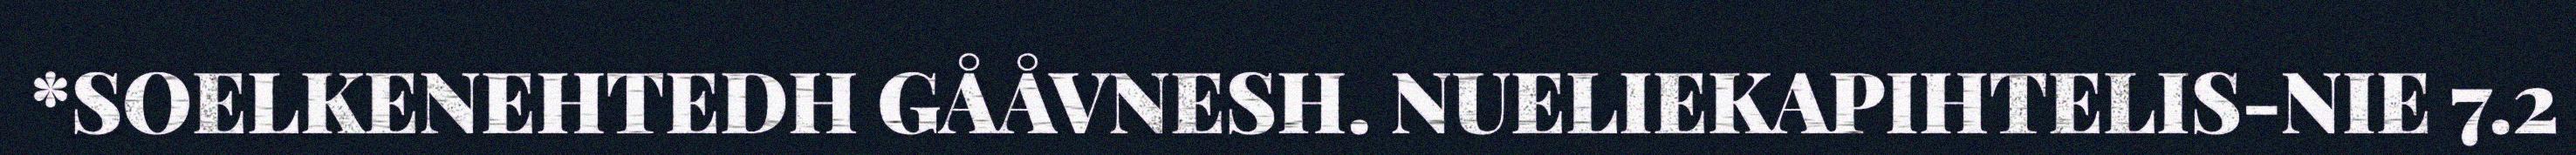
*SOELKENEHTEDH GÅÅVNESH. NUELIEKAPIHTELIS-NIE 7.2